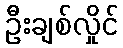
ဦးချစ်လှိုင်